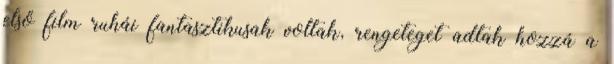
első film ruhái fantasztikusak voltak, rengeteget adtak hozzá a